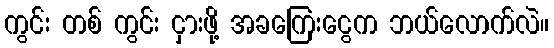
ကွင်း တစ် ကွင်း ငှားဖို့ အခကြေးငွေက ဘယ်လောက်လဲ။